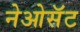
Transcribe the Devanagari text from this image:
नेओसॅट